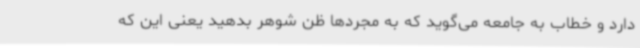
دارد و خطاب به جامعه می‌گوید که به مجردها ظن شوهر بدهید یعنی این که